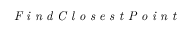
\textit { F i n d C l o s e s t P o i n t }